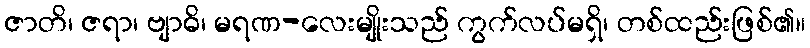
ဇာတိ၊ ဇရာ၊ ဗျာဓိ၊ မရဏ-လေးမျိုးသည် ကွက်လပ်မရှိ၊ တစ်ထည်းဖြစ်၏။